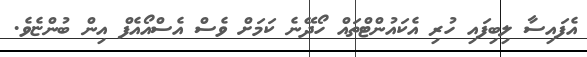
އެފައިސާ ލިބިފައި ހުރި އެކައުންޓްތައް ހޯދޭނެ ކަމަށް ވެސް އެސްއޯއެފް އިން ބުންޏެވެ.